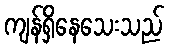
ကျန်ရှိနေသေးသည်